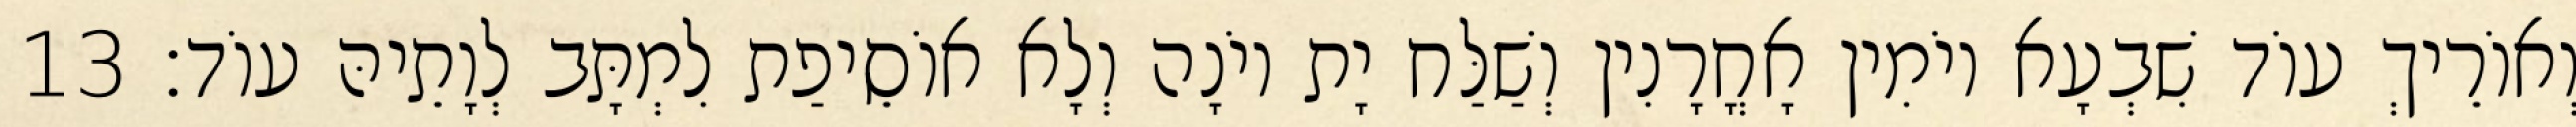
וְאוֹרֵיךְ עוֹד שִׁבְעָא יוֹמִין אָחֳרָנִין וְשַׁלַּח יָת יוֹנָה וְלָא אוֹסֵיפַת לִמְתָּב לְוָתֵיהּ עוֹד׃ 13